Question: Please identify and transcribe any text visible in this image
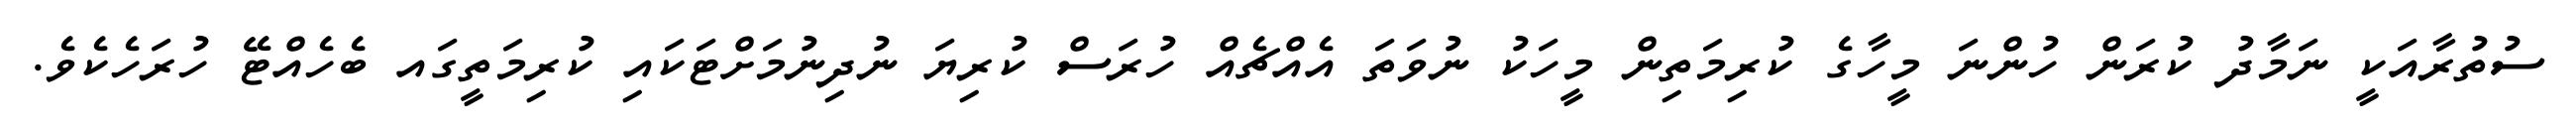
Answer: ސުތުރާއަކީ ނަމާދު ކުރަން ހުންނަ މީހާގެ ކުރިމަތިން މީހަކު ނުވަތަ އެއްޗެއް ހުރަސް ކުރިޔަ ނުދިނުމަށްޓަކައި ކުރިމަތީގައ ބެހެއްޓޭ ހުރަހެކެވެ.